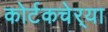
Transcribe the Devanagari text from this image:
कोर्टकचेर्‍या